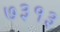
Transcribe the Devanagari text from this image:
७३१३